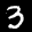
Label: 3